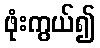
ဖုံးကွယ်၍